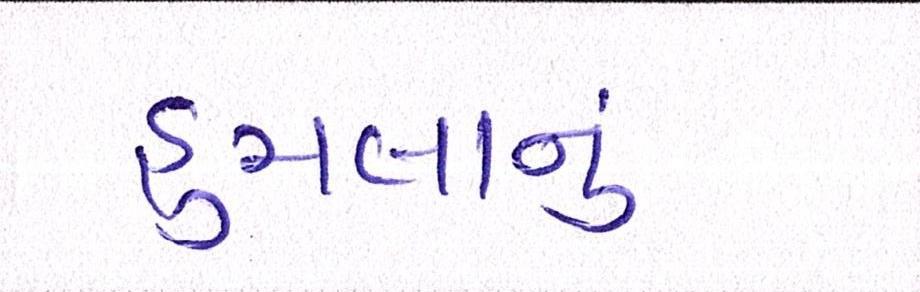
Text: હુમલાનું